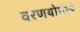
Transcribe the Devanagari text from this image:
वरणयोर्मध्ये